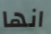
انها